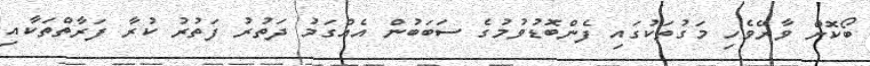
ބޯކޮށް ވާރޭވެހި މަގުތަކުގައި ފެންބޮޑުވުމުގެ ސަބަބުން އެއްގަމު ދަތުރު ފަތުރު ކުރާ ފަރާތްތަކާއި